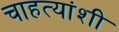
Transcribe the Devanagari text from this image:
चाहत्यांशी